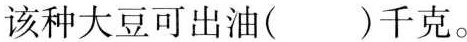
该种大豆可出油( )千克。